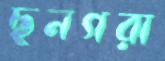
ছনগরা